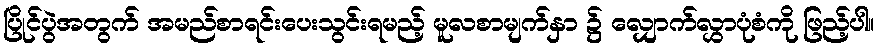
ပြိုင်ပွဲအတွက် အမည်စာရင်းပေးသွင်းရမည့် မူလစာမျက်နှာ ၌ လျှောက်လွှာပုံစံကို ဖြည့်ပါ။